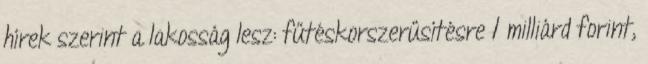
hírek szerint a lakosság lesz: fűtéskorszerűsítésre 1 milliárd forint,